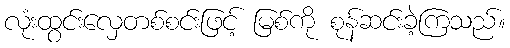
လုံးထွင်းလှေတစ်စင်းဖြင့် မြစ်ကို စုန်ဆင်းခဲ့ကြသည်။